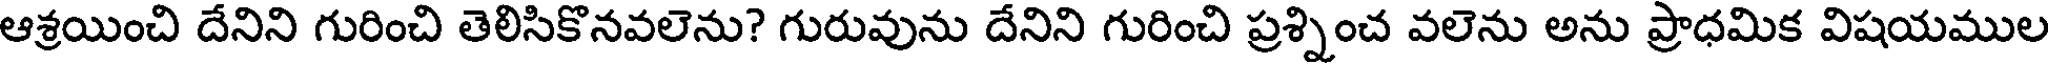
ఆశ్రయించి దేనిని గురించి తెలిసికొనవలెను? గురువును దేనిని గురించి ప్రశ్నించ వలెను అను ప్రాధమిక విషయముల